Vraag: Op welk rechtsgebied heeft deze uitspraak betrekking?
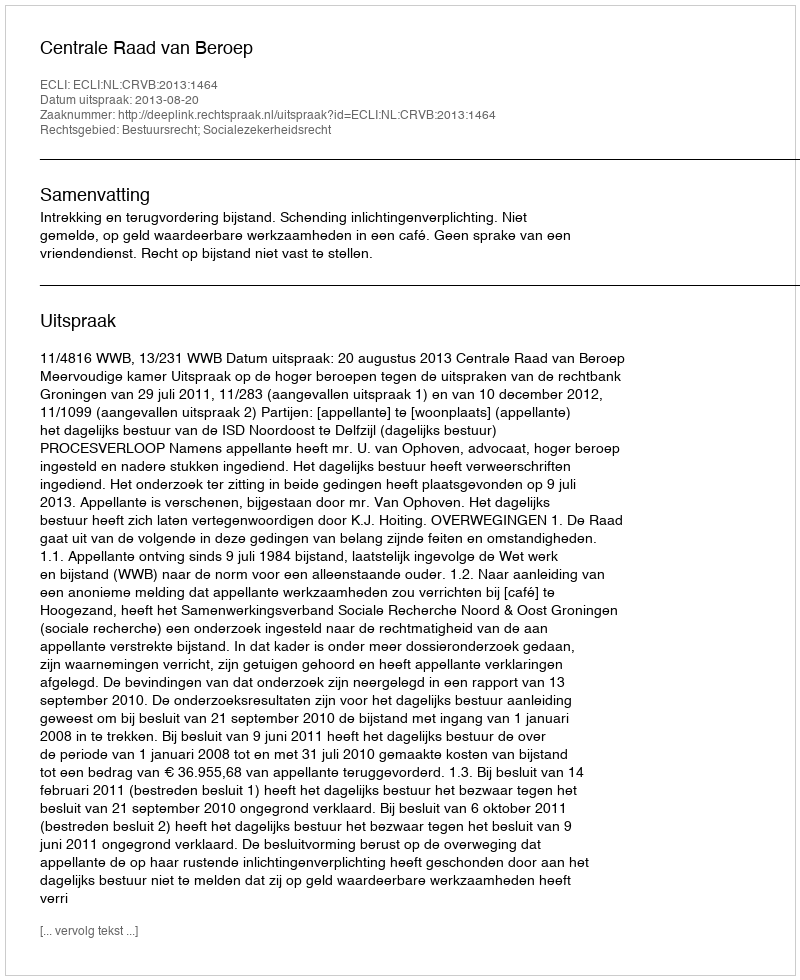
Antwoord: Bestuursrecht; Socialezekerheidsrecht